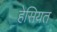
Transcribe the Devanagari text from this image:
हेसियत